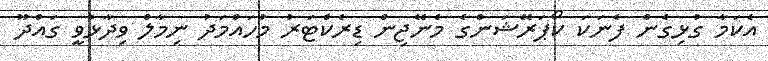
އެކަމާ ގުޅިގެން ފެނަކަ ކޯޕަރޭޝަންގެ މެނޭޖިން ޑިރެކްޓަރު މުހައްމަދު ނިމާލް ވިދާޅުވީ ގައްދޫ